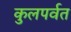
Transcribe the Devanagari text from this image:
कुलपर्वत